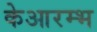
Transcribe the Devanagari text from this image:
केआरम्भ